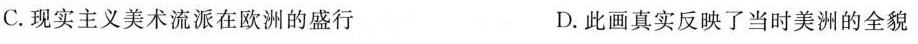
C.现实主义美术流派在欧洲的盛行 D.此画真实反映了当时美洲的全貌